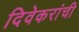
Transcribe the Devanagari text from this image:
दिवेकरांची